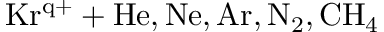
\mathrm { K r ^ { q + } + H e , N e , A r , N _ { 2 } , C H _ { 4 } }